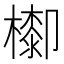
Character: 𣛺